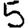
Digit: 5